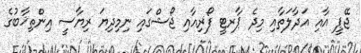
ޖޭޕީ އާއި އަދާލަތާއި މިދެ ޕާރޓީ ފޯރިއާއި ޖޯޝްގައި ނިމިދިޔަ ރިޔާސީ އިންތިޚާބުގެ